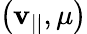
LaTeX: \left(\mathbf{v}_{||},\mu\right)